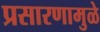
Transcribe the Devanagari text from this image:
प्रसारणामुळे